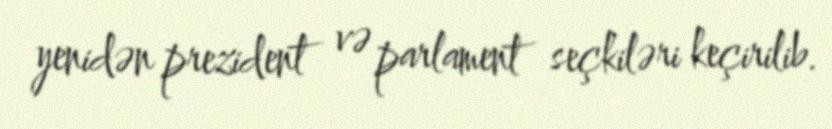
yenidən prezident və parlament seçkiləri keçirilib.